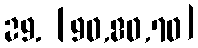
29. [90,80,70]